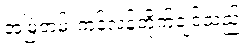
အမြဲတမ်းကန့်လန့်တိုက်ချင်သည်။